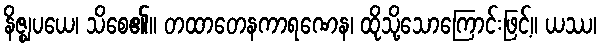
နိဇ္ဈပယေ၊ သိစေ၏။ တထာတေနကာရဏေန၊ ထိုသို့သောကြောင်းဖြင့်။ ယဿ၊